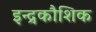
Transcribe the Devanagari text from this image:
इन्द्रकौशिक